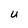
Character: U